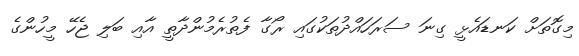
މިގޮތަށް ކަނޑައެޅީ ގިނަ ސަރަހައްދުތަކުގައި ރޯގާ ފެތުރެމުންދާތީ އާއި ބަލި ޖެހޭ މީހުންގެ